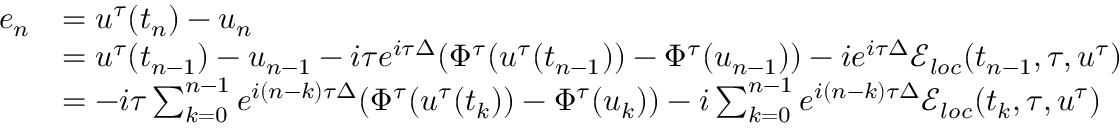
\begin{array} { r l } { e _ { n } } & { = u ^ { \tau } ( t _ { n } ) - u _ { n } } \\ & { = u ^ { \tau } ( t _ { n - 1 } ) - u _ { n - 1 } - i \tau e ^ { i \tau \Delta } ( \Phi ^ { \tau } ( u ^ { \tau } ( t _ { n - 1 } ) ) - \Phi ^ { \tau } ( u _ { n - 1 } ) ) - i e ^ { i \tau \Delta } \mathcal { E } _ { l o c } ( t _ { n - 1 } , \tau , u ^ { \tau } ) } \\ & { = - i \tau \sum _ { k = 0 } ^ { n - 1 } e ^ { i ( n - k ) \tau \Delta } ( \Phi ^ { \tau } ( u ^ { \tau } ( t _ { k } ) ) - \Phi ^ { \tau } ( u _ { k } ) ) - i \sum _ { k = 0 } ^ { n - 1 } e ^ { i ( n - k ) \tau \Delta } \mathcal { E } _ { l o c } ( t _ { k } , \tau , u ^ { \tau } ) } \end{array}